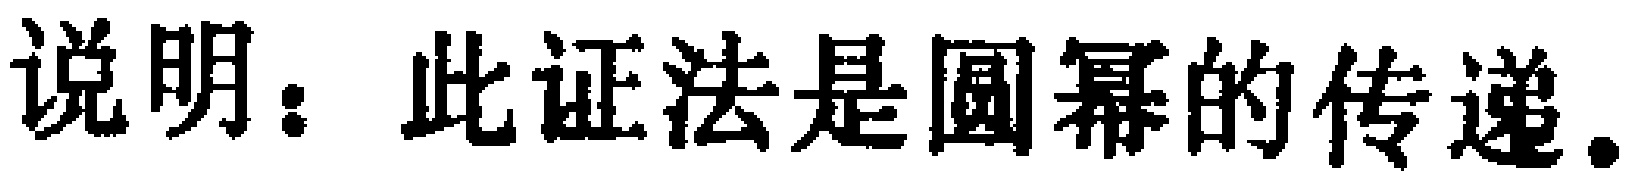
说明：此证法是圆幂的传递。